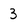
Character: 3